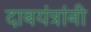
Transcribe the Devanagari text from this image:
दाबयंत्रांनी